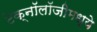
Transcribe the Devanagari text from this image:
टेक्‍नॉलॉजीमध्ये